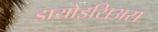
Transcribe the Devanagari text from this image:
डायोइसिअस